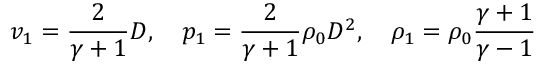
v _ { 1 } = { \frac { 2 } { \gamma + 1 } } D , \quad p _ { 1 } = { \frac { 2 } { \gamma + 1 } } \rho _ { 0 } D ^ { 2 } , \quad \rho _ { 1 } = \rho _ { 0 } { \frac { \gamma + 1 } { \gamma - 1 } }